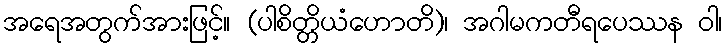
အရေအတွက်အားဖြင့်။ (ပါစိတ္တိယံဟောတိ)၊ အဂါမကတီရပေဿန ဝါ၊